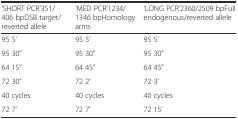
<table><thead><tr><td><b>‘SHORT PCR’351/406 bpDSB target/reverted allele</b></td><td><b>‘MED PCR’1234/1346 bpHomology arms</b></td><td><b>‘LONG PCR’2360/2509 bpFull endogenous/reverted allele</b></td></tr></thead><tbody><tr><td>95 5’</td><td>95 5’</td><td>95 5’</td></tr><tr><td>95 30”</td><td>95 30”</td><td>95 30”</td></tr><tr><td>64 15”</td><td>64 45”</td><td>64 45”</td></tr><tr><td>72 30”</td><td>72 2’</td><td>72 3’</td></tr><tr><td>40 cycles</td><td>40 cycles</td><td>40 cycles</td></tr><tr><td>72 7’</td><td>72 7’</td><td>72 15’</td></tr></tbody></table>